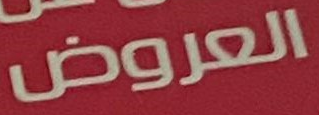
العروض